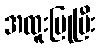
အထူးပြုပြီး